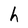
Character: h